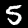
Label: 5